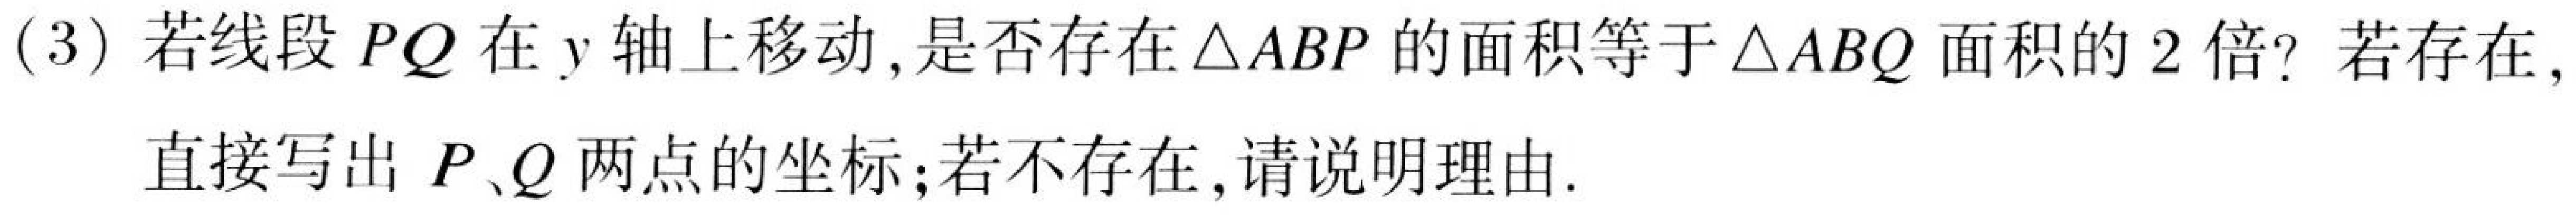
(3) 若线段$PQ$在$y$轴上移动,是否存在$\triangle ABP$的面积等于$\triangle ABQ$面积的$2$倍? 若存在,直接写出$P、Q$两点的坐标;若不存在,请说明理由.